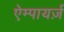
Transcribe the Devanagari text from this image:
ऐम्पायर्ज़